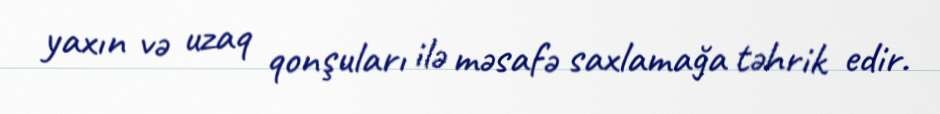
yaxın və uzaq qonşuları ilə məsafə saxlamağa təhrik edir.